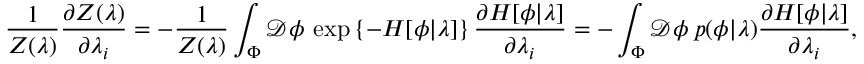
\frac { 1 } { Z ( \lambda ) } \frac { \partial Z ( \lambda ) } { \partial \lambda _ { i } } = - \frac { 1 } { Z ( \lambda ) } \int _ { \Phi } \mathcal { D } \phi \: \exp \left\{ - H [ \phi | \lambda ] \right\} \frac { \partial H [ \phi | \lambda ] } { \partial \lambda _ { i } } = - \int _ { \Phi } \mathcal { D } \phi \: p ( \phi | \lambda ) \frac { \partial H [ \phi | \lambda ] } { \partial \lambda _ { i } } ,